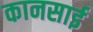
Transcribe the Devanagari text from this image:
कानसाई